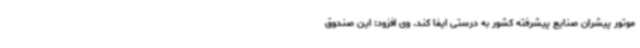
موتور پیشران صنایع پیشرفته کشور به درستی ایفا کند. وی افزود: این صندوق